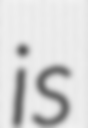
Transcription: is